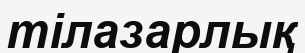
тілазарлық